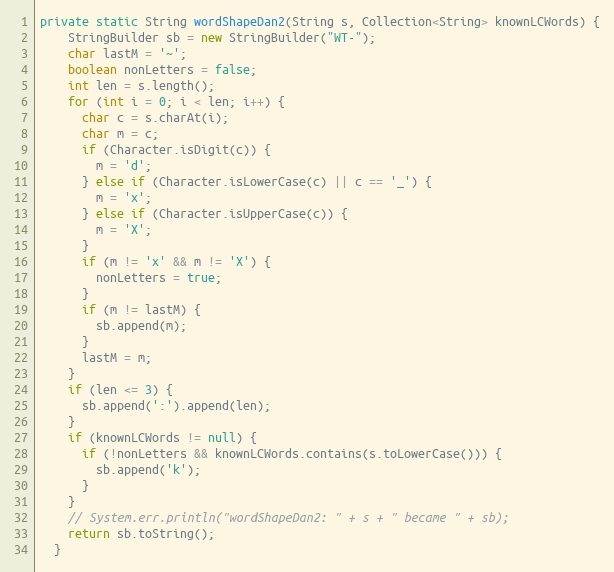
Language: Java
private static String wordShapeDan2(String s, Collection<String> knownLCWords) {
    StringBuilder sb = new StringBuilder("WT-");
    char lastM = '~';
    boolean nonLetters = false;
    int len = s.length();
    for (int i = 0; i < len; i++) {
      char c = s.charAt(i);
      char m = c;
      if (Character.isDigit(c)) {
        m = 'd';
      } else if (Character.isLowerCase(c) || c == '_') {
        m = 'x';
      } else if (Character.isUpperCase(c)) {
        m = 'X';
      }
      if (m != 'x' && m != 'X') {
        nonLetters = true;
      }
      if (m != lastM) {
        sb.append(m);
      }
      lastM = m;
    }
    if (len <= 3) {
      sb.append(':').append(len);
    }
    if (knownLCWords != null) {
      if (!nonLetters && knownLCWords.contains(s.toLowerCase())) {
        sb.append('k');
      }
    }
    // System.err.println("wordShapeDan2: " + s + " became " + sb);
    return sb.toString();
  }